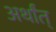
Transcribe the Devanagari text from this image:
अर्थांत्